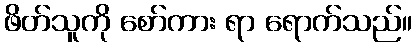
ဖိတ်သူကို စော်ကား ရာ ရောက်သည်။